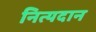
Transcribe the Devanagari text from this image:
नित्यदान